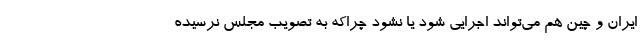
ایران و چین هم می‌تواند اجرایی شود یا نشود چراکه به تصویب مجلس نرسیده